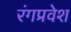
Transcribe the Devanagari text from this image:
रंगप्रवेश